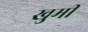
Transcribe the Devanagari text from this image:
खुमी